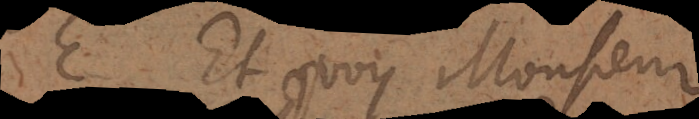
E. Eh quoy Monsieur